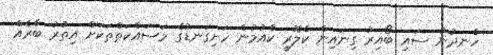
ހެނދުނު ސައި ބޯއިރު ގިނައިން ކެލޮރީ ކެއުމުން ހަށިގަނޑުގެ މަސައްކަތްތަކަށް އިތުރު ބާރެއް